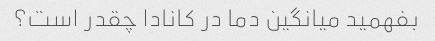
بفهمید میانگین دما در کانادا چقدر است؟